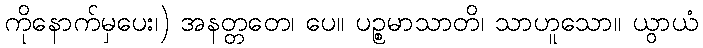
ကိုနောက်မှပေး၊) အနတ္တတေ၊ ပေ။ ပဉ္စမာသာတိ၊ သာဟူသော။ ယွာယံ